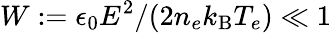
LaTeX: W:=\epsilon_{0}E^{2}/(2n_{e}k_{\mathrm{B}}T_{e})\ll 1